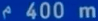
400 m